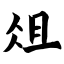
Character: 俎